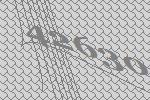
42630